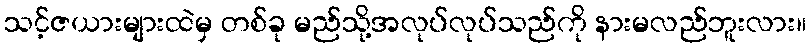
သင့်ဇယားများထဲမှ တစ်ခု မည်သို့အလုပ်လုပ်သည်ကို နားမလည်ဘူးလား။